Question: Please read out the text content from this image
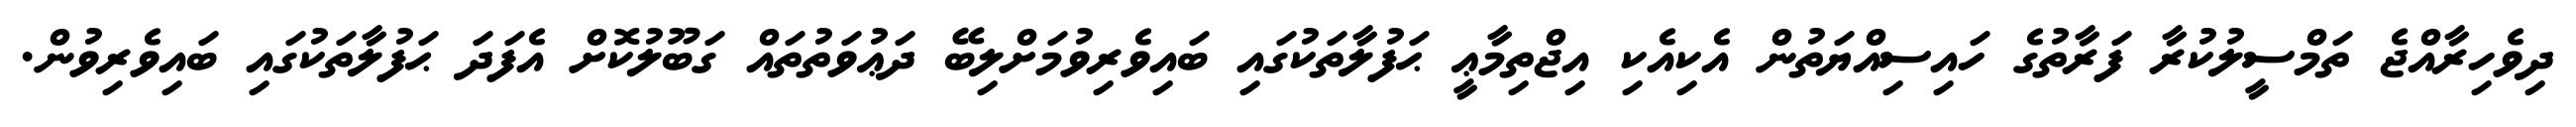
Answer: ދިވެހިރާއްޖެ ތަމްސީލުކުރާ ފަރާތުގެ ހައިސިއްޔަތުން އެކިއެކި އިޖްތިމާޢީ ޙަފުލާތަކުގައި ބައިވެރިވުމަށްލިބޭ ދަޢުވަތުތައް ގަބޫލުކޮށް އެފަދަ ޙަފުލާތަކުގައި ބައިވެރިވުން.